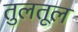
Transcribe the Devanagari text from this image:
तुलतूल